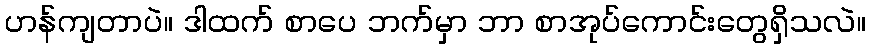
ဟန်ကျတာပဲ။ ဒါထက် စာပေ ဘက်မှာ ဘာ စာအုပ်ကောင်းတွေရှိသလဲ။